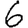
Digit: 6